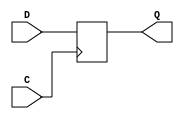
/*
 Flip-flop with Positive-Edge Clock
Pag 39
IO Pins Description
-------------------
D Data Input
C Positive Edge Clock
Q Data Output

*/

module flop_0 (C, D, Q);
 input C, D;
 output Q;
 reg Q;
 always @(posedge C)
 begin
  Q = D;
 end
endmodule

/*
Flip-flop with Negative-Edge Clock and
Asynchronous Clear
Pag. 40

IO Pins Description
-------------------
D Data Input
C Negative-Edge Clock
CLR Asynchronous Clear (active High)
Q Data Output
*/

module flop_1 (C, D, CLR, Q);
 input C, D, CLR;
 output Q;
 reg Q;
 always @(negedge C or posedge CLR)
 begin
 if (CLR)
  Q = 1'b0;
 else
  Q = D;
 end
endmodule

/*
Flip-flop with Positive-Edge Clock and Synchronous
Set
pag 42
IO Pins Description
-------------------
D Data Input
C Positive-Edge Clock
S Synchronous Set (active High)
Q Data Output

*/

module fds (C, D, S, Q);
 input C, D, S;
 output Q;
 reg Q;
 always @(posedge C)
 begin
 if (S)
  Q = 1'b1;
 else
  Q = D;
 end
endmodule

module fds8 (C, D, S, Q);
 input C,S;
 input [7:0] D;
 output [7:0] Q;
 
 fds ff0(C, D[0], S, Q[0]);
 fds ff1(C, D[1], S, Q[1]);
 fds ff2(C, D[2], S, Q[2]);
 fds ff3(C, D[3], S, Q[3]);
 fds ff4(C, D[4], S, Q[4]);
 fds ff5(C, D[5], S, Q[5]);
 fds ff6(C, D[6], S, Q[6]);
 fds ff7(C, D[7], S, Q[7]);

endmodule

module fds16 (C, D, S, Q);
 input C,S;
 input [15:0] D;
 output [15:0] Q;
 
 fds8 ff0(C, D[7:0], S, Q[7:0]);
 fds8 ff1(C, D[15:8], S, Q[15:8]);
 
endmodule


module fdsz (C, D, S, Q, OE);
 input C, D, S, OE;
 output Q;
 reg QQ;

 always @(posedge C)
 begin
 if (S)
  QQ = 1'b1;
 else
  QQ = D;
 end
 
 assign Q = OE?QQ:1'bz;// 
endmodule

module fdsz8 (C, D, S, Q, OE);
 input C,S, OE;
 input [7:0] D;
 output [7:0] Q;
 
 fdsz ff0(C, D[0], S, Q[0], OE);
 fdsz ff1(C, D[1], S, Q[1], OE);
 fdsz ff2(C, D[2], S, Q[2], OE);
 fdsz ff3(C, D[3], S, Q[3], OE);
 fdsz ff4(C, D[4], S, Q[4], OE);
 fdsz ff5(C, D[5], S, Q[5], OE);
 fdsz ff6(C, D[6], S, Q[6], OE);
 fdsz ff7(C, D[7], S, Q[7], OE);

endmodule

/*
 FIFO: https://eewiki.net/pages/viewpage.action?pageId=20939499
*/